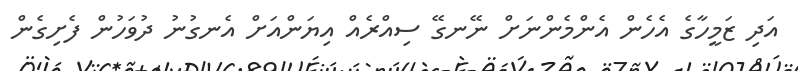
އަދި ޒަމީހާގެ އެހެން އެންމެންނަށް ނޭނގޭ ސިއްރެއް އިޔަންއަށް އެނގުނު ދުވަހުން ފެށިގެން